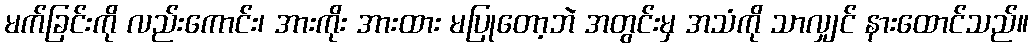
မက်ခြင်းကို လည်းကောင်း၊ အားကိုး အားထား မပြုတော့ဘဲ အတွင်းမှ အသံကို သာလျှင် နားထောင်သည်။